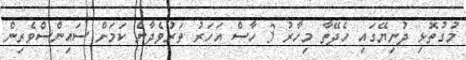
މުގުތޮޅި ދުނިޔޭގައި ހެދޭތާ މިހާރު 3 ހާސް އަހަރު ވަރުވެދާނެ ކަމަށް ސައިންސްވެރިން